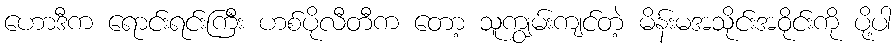
ဟောဒီက ရောင်းရင်းကြီး ဟစ်ပိုလီတီက တော့ သူကျွမ်းကျင်တဲ့ မိန်းမအသိုင်းအဝိုင်းကို ပို့ပါ